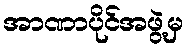
အာဏာပိုင်အဖွဲ့မှ